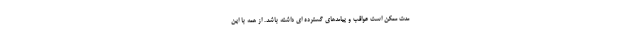
مدت ممکن است عواقب و پیامدهای گسترده ای داشته باشد. از همه با این